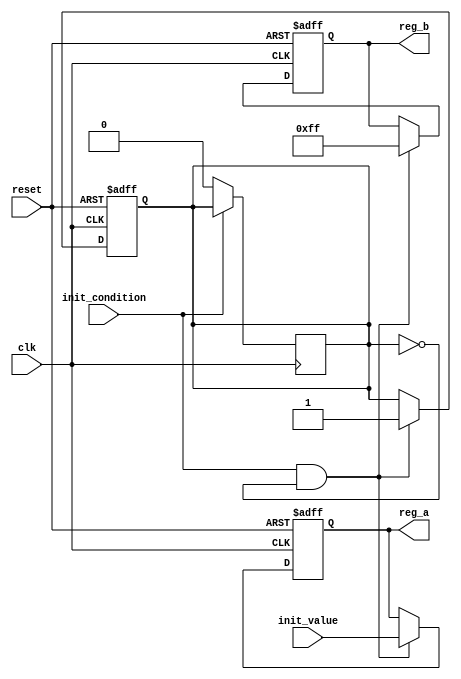
module ConditionalInitialization (
    input wire clk,              // Clock signal
    input wire reset,            // Asynchronous reset signal
    input wire init_condition,    // Control signal for initialization
    input wire [7:0] init_value, // Value to initialize registers with
    output reg [7:0] reg_a,      // Register A
    output reg [7:0] reg_b       // Register B
);

    // State variable to track initialization status
    reg initialized;

    // Asynchronous reset and initialization logic
    always @(posedge clk or posedge reset) begin
        if (reset) begin
            // Reset all registers and state variable
            reg_a <= 8'b0;
            reg_b <= 8'b0;
            initialized <= 1'b0;
        end else if (init_condition && !initialized) begin
            // Conditional initialization
            reg_a <= init_value; // Initialize reg_a with init_value
            reg_b <= 8'hFF;      // Initialize reg_b with a predefined value
            initialized <= 1'b1; // Mark as initialized
        end
    end

    // Optional: Allow for re-initialization based on a condition
    always @(posedge clk) begin
        if (!init_condition) begin
            initialized <= 1'b0; // Reset initialization status if condition is not met
        end
    end

endmodule